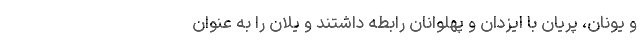
و یونان، پریان با ایزدان و پهلوانان رابطه داشتند و یلان را به عنوان